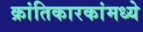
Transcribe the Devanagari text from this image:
क्रांतिकारकांमध्ये